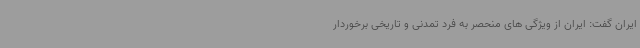
ایران گفت: ایران از ویژگی های منحصر به فرد تمدنی و تاریخی برخوردار